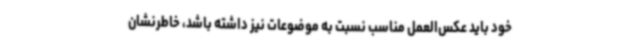
خود باید عکس‌العمل مناسب نسبت به موضوعات نیز داشته باشد، خاطرنشان